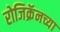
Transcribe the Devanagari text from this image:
रोजिक्रॅनच्या